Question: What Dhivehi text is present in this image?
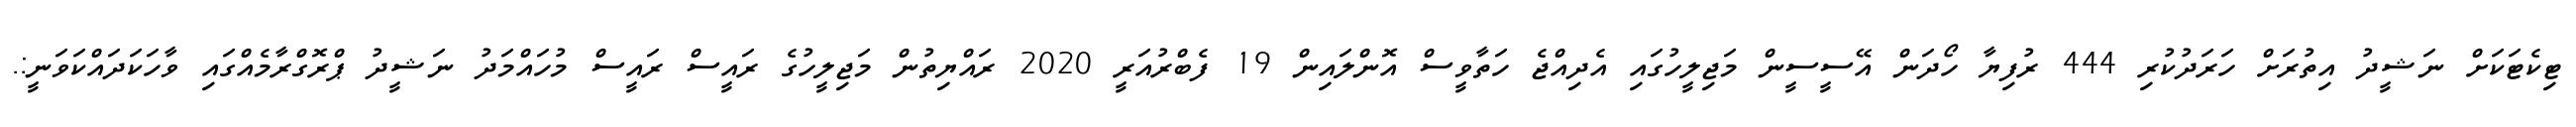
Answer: ޓިކެޓަކަށް ނަޝީދު އިތުރަށް ހަރަދުކުރި 444 ރުފިޔާ ހޯދަން އޭސީސީން މަޖިލީހުގައި އެދިއްޖެ ހަތާވީސް އޮންލައިން 19 ފެބްރުއަރީ 2020 ރައްޔިތުން މަޖިލީހުގެ ރައީސް ރައީސް މުހައްމަދު ނަޝީދު ޕްރޮގްރާމެއްގައި ވާހަކަދައްކަވަނީ:.